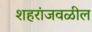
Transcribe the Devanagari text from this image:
शहरांजवळील